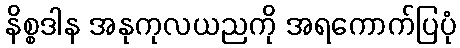
နိစ္စဒါန အနုကုလယညကို အရကောက်ပြပုံ